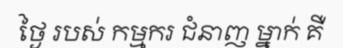
ថ្ងៃ របស់ កម្មករ ជំនាញ ម្នាក់ គឺ